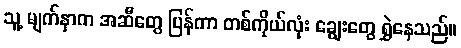
သူ့ မျက်နှာက အဆီတွေ ပြန်ကာ တစ်ကိုယ်လုံး ချွေးတွေ ရွှဲနေသည်။